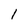
Character: 1